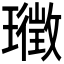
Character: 𭺉